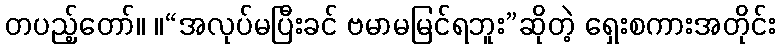
တပည့်တော်။ ။“အလုပ်မပြီးခင် ဗမာမမြင်ရဘူး”ဆိုတဲ့ ရှေးစကားအတိုင်း